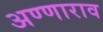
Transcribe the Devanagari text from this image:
अण्णाराव